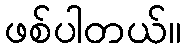
ဖစ်ပါတယ်။